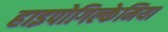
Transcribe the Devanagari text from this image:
हाइपोगिल्केमिया